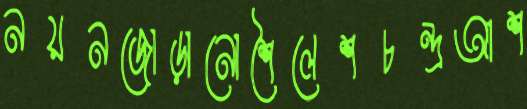
নয়নজোড়ানোশৈলেশচন্দ্রআশ